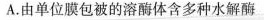
A.由单位膜包被的溶酶体含多种水解酶